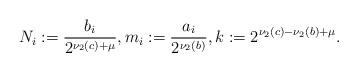
LaTeX: \begin{align*} N_i := \frac{b_i}{2^{\nu_2(c) + \mu}},m_i := \frac{a_i}{2^{\nu_2(b)}},k:= 2^{\nu_2(c) - \nu_2(b) + \mu}.\end{align*}